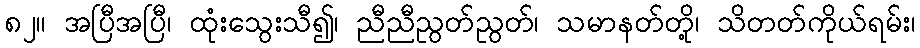
၈၂။ အပြီအပြီ၊ ထုံးသွေးသီ၍၊ ညီညီညွတ်ညွတ်၊ သမာနတ်တို့၊ သိတတ်ကိုယ်ရမ်း၊